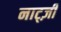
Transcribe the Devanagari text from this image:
नाट्ज़ी